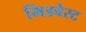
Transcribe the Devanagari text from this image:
मिडवेस्‍ट